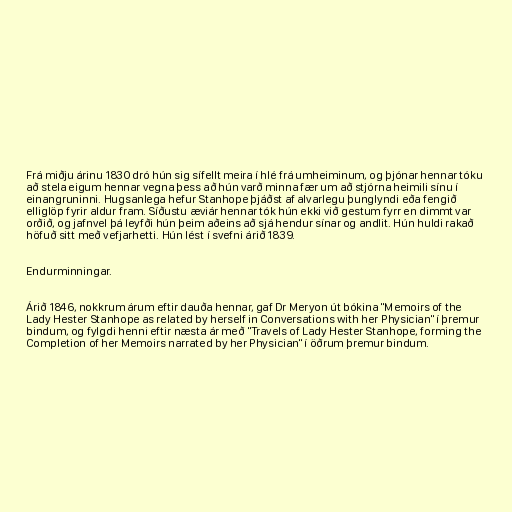
Frá miðju árinu 1830 dró hún sig sífellt meira í hlé frá umheiminum, og þjónar hennar tóku
að stela eigum hennar vegna þess að hún varð minna fær um að stjórna heimili sínu í
einangruninni. Hugsanlega hefur Stanhope þjáðst af alvarlegu þunglyndi eða fengið
elliglöp fyrir aldur fram. Síðustu æviár hennar tók hún ekki við gestum fyrr en dimmt var
orðið, og jafnvel þá leyfði hún þeim aðeins að sjá hendur sínar og andlit. Hún huldi rakað
höfuð sitt með vefjarhetti. Hún lést í svefni árið 1839.

Endurminningar.

Árið 1846, nokkrum árum eftir dauða hennar, gaf Dr Meryon út bókina "Memoirs of the
Lady Hester Stanhope as related by herself in Conversations with her Physician" í þremur
bindum, og fylgdi henni eftir næsta ár með "Travels of Lady Hester Stanhope, forming the
Completion of her Memoirs narrated by her Physician" í öðrum þremur bindum.